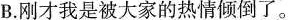
B.刚才我是被大家的热情倾倒了。